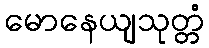
မောနေယျသုတ္တံ